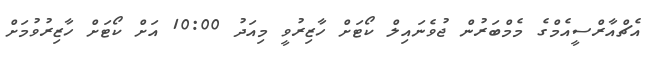
އެޗްއާރްސީއެމްގެ މެމްބަރުން ޖުވެނައިލް ކޯޓަށް ހާޒިރުވީ މިއަދު 10:00 އަށް ކޯޓަށް ހާޒިރުވުމަށް